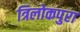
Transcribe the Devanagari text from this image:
त्रिलोकपुरा